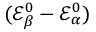
( \mathcal { E } _ { \beta } ^ { 0 } - \mathcal { E } _ { \alpha } ^ { 0 } )